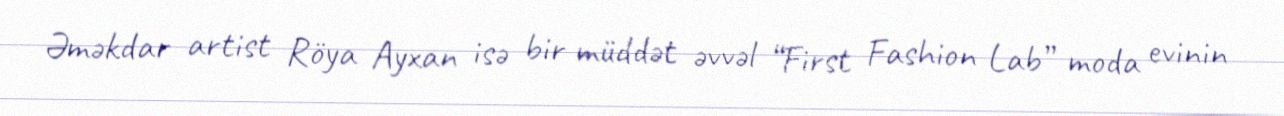
Əməkdar artist Röya Ayxan isə bir müddət əvvəl “First Fashion Lab” moda evinin